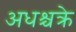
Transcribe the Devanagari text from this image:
अधश्चक्रे